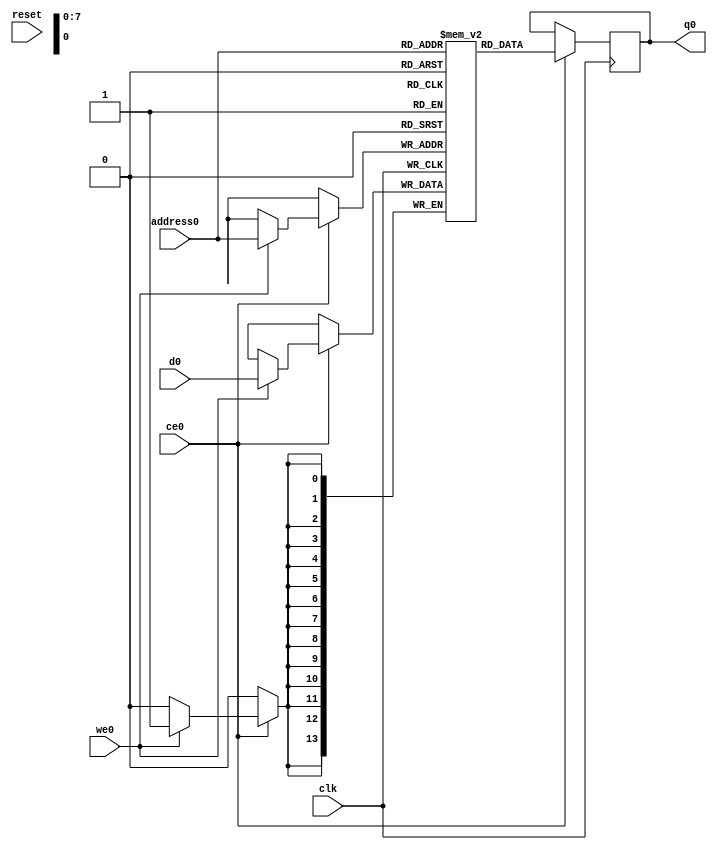
// ==============================================================
// Generated by Vitis HLS v2023.1
// Copyright 1986-2022 Xilinx, Inc. All Rights Reserved.
// Copyright 2022-2023 Advanced Micro Devices, Inc. All Rights Reserved.
// ==============================================================
`timescale 1 ns / 1 ps
module top_tx_cp_ad_cp_M_real_RAM_AUTO_1R1W (
     
    address0, ce0,
    d0, we0, 
    q0, 
     
    reset, clk);

parameter DataWidth = 14;
parameter AddressWidth = 8;
parameter AddressRange = 144;
 
input[AddressWidth-1:0] address0;
input ce0;
input[DataWidth-1:0] d0;
input we0; 
output reg[DataWidth-1:0] q0; 

input reset;
input clk;

(* ram_style = "auto"  *)reg [DataWidth-1:0] ram[0:AddressRange-1];


 





//read first
always @(posedge clk)  
begin 
    if (ce0) begin
        if (we0) 
            ram[address0] <= d0; 
        q0 <= ram[address0];

    end
end 
 
 

endmodule